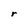
Character: r